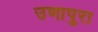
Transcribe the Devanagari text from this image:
उणापुरा